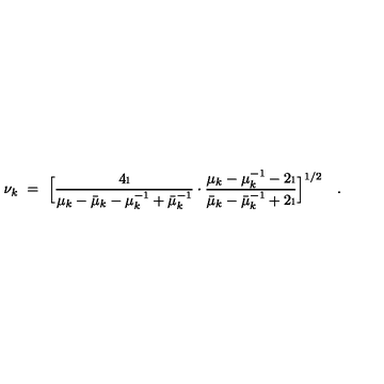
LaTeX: \nu _ { k } \ = \ \Bigl [ \frac { 4 \i } { \mu _ { k } - \bar { \mu } _ { k } - \mu _ { k } ^ { - 1 } + \bar { \mu } _ { k } ^ { - 1 } } \cdot \frac { \mu _ { k } - \mu _ { k } ^ { - 1 } - 2 \i } { \bar { \mu } _ { k } - \bar { \mu } _ { k } ^ { - 1 } + 2 \i } \Bigr ] ^ { 1 / 2 } \quad .